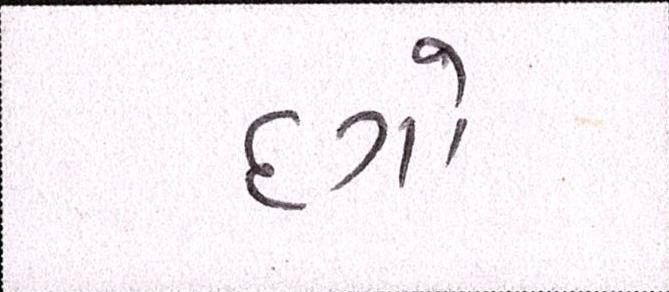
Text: દગો